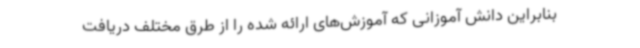
بنابراین دانش آموزانی که آموزش‌های ارائه شده را از طرق مختلف دریافت